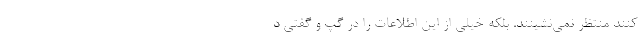
کنند منتظر نمی‌نشینند. بلکه خیلی از این اطلاعات را در گپ و گفتی د